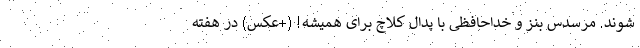
شوند. مرسدس بنز و خداحافظی با پدال کلاچ برای همیشه! (+عکس) در هفته